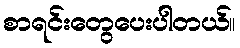
စာရင်းတွေပေးပါတယ်။